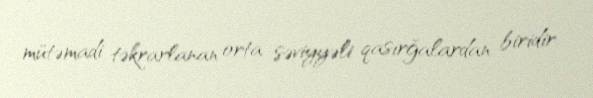
mütəmadi təkrarlanan orta səviyyəli qasırğalardan biridir.